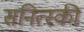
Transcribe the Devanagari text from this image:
सनित्स्की